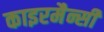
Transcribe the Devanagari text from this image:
काइरमैन्सी